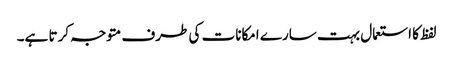
لفظ کا استعمال بہت سارے امکانات کی طرف متوجہ کرتا ہے۔